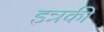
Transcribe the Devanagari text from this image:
इन्नकी